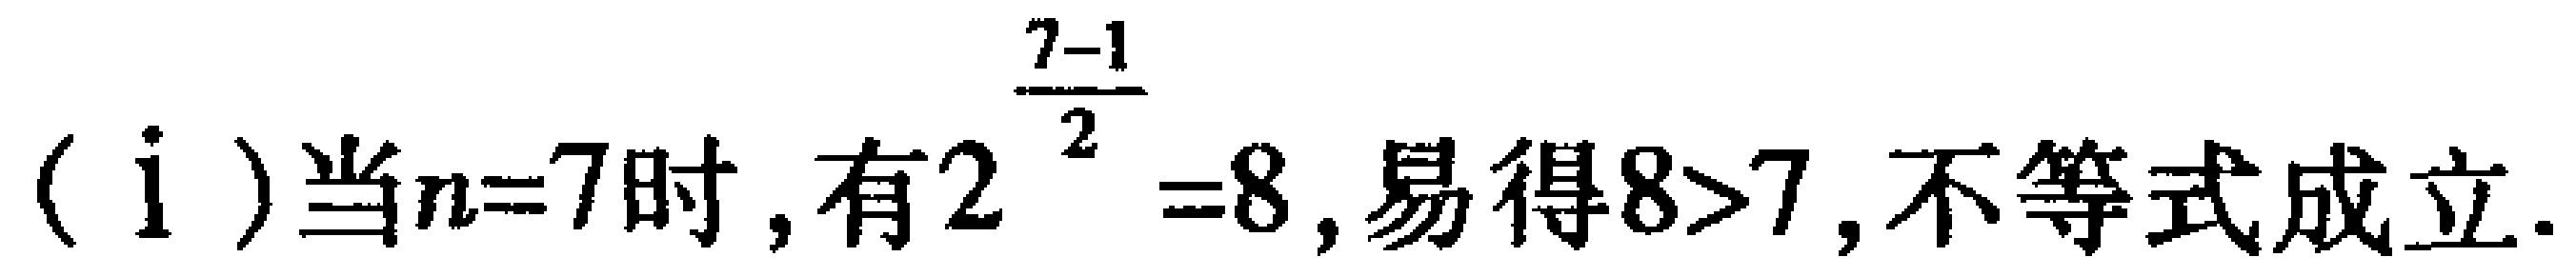
（i）当\(n = 7\)时，有\(2^{\frac{7 - 1}{2}}=8\)，易得\(8>7\)，不等式成立.